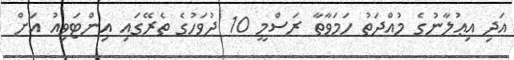
އަދި އިޢުލާނުގެ މުއްދަތު ހަމަވާތާ ރަސްމީ 10 ދުވަހުގެ ތެރޭގައި އިންޓަވިއު އަށް